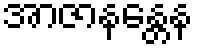
အာဇာနန္တေန